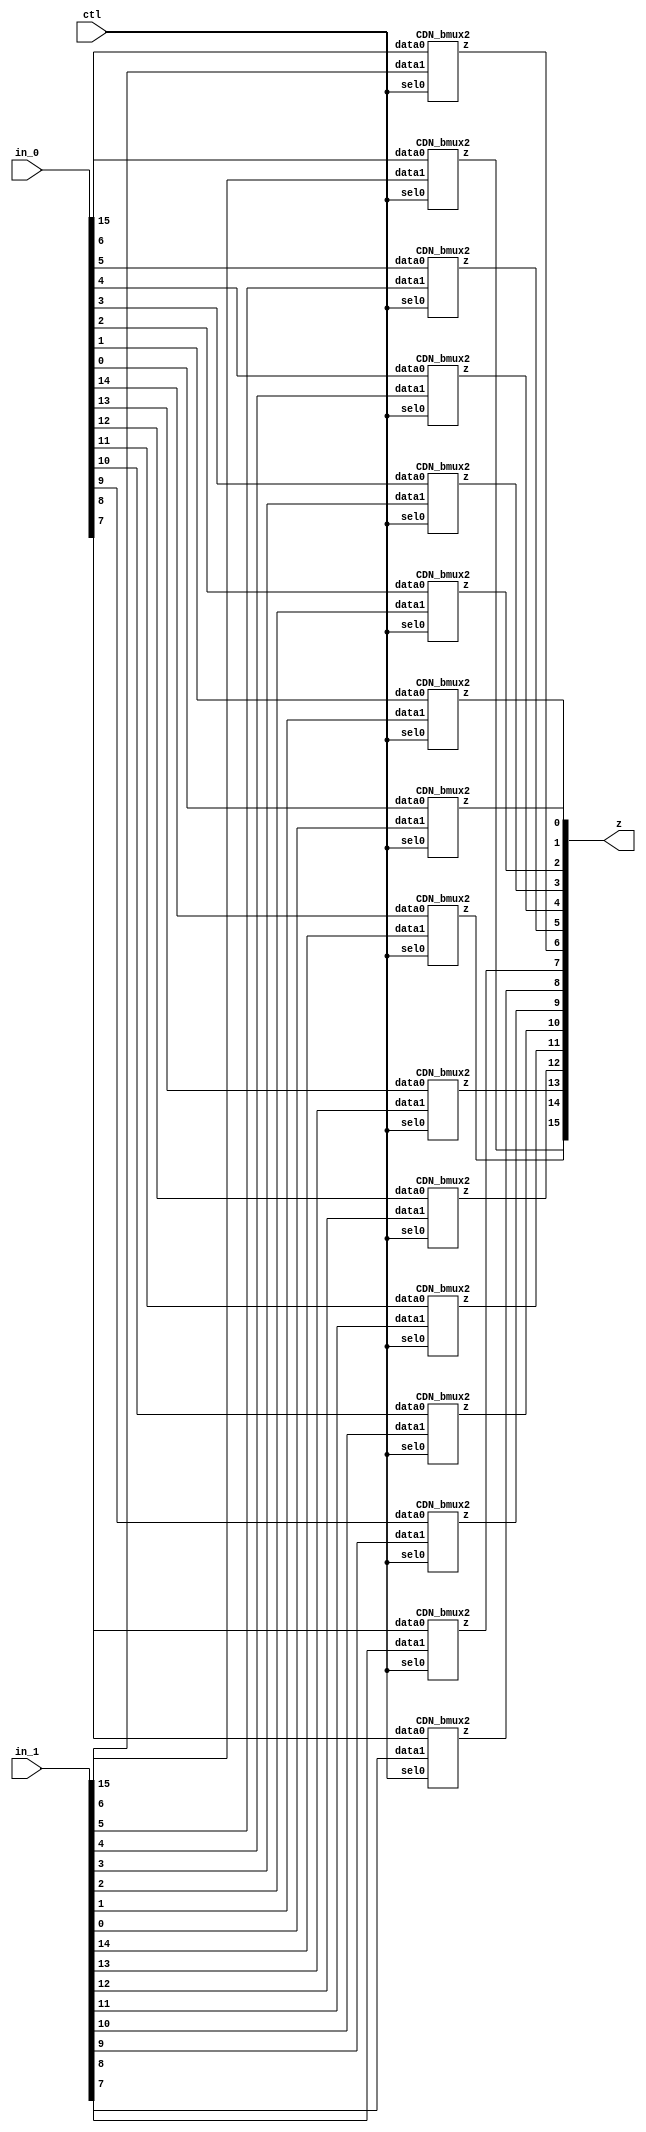

// Generated by Cadence Encounter(R) RTL Compiler RC14.27 - v14.20-s064_1

// Verification Directory fv/dom_and 

module bmux(ctl, in_0, in_1, z);
  input ctl;
  input [15:0] in_0, in_1;
  output [15:0] z;
  CDN_bmux2 g1(.sel0 (ctl), .data0 (in_0[15]), .data1 (in_1[15]), .z
       (z[15]));
  CDN_bmux2 g2(.sel0 (ctl), .data0 (in_0[14]), .data1 (in_1[14]), .z
       (z[14]));
  CDN_bmux2 g3(.sel0 (ctl), .data0 (in_0[13]), .data1 (in_1[13]), .z
       (z[13]));
  CDN_bmux2 g4(.sel0 (ctl), .data0 (in_0[12]), .data1 (in_1[12]), .z
       (z[12]));
  CDN_bmux2 g5(.sel0 (ctl), .data0 (in_0[11]), .data1 (in_1[11]), .z
       (z[11]));
  CDN_bmux2 g6(.sel0 (ctl), .data0 (in_0[10]), .data1 (in_1[10]), .z
       (z[10]));
  CDN_bmux2 g7(.sel0 (ctl), .data0 (in_0[9]), .data1 (in_1[9]), .z
       (z[9]));
  CDN_bmux2 g8(.sel0 (ctl), .data0 (in_0[8]), .data1 (in_1[8]), .z
       (z[8]));
  CDN_bmux2 g9(.sel0 (ctl), .data0 (in_0[7]), .data1 (in_1[7]), .z
       (z[7]));
  CDN_bmux2 g10(.sel0 (ctl), .data0 (in_0[6]), .data1 (in_1[6]), .z
       (z[6]));
  CDN_bmux2 g11(.sel0 (ctl), .data0 (in_0[5]), .data1 (in_1[5]), .z
       (z[5]));
  CDN_bmux2 g12(.sel0 (ctl), .data0 (in_0[4]), .data1 (in_1[4]), .z
       (z[4]));
  CDN_bmux2 g13(.sel0 (ctl), .data0 (in_0[3]), .data1 (in_1[3]), .z
       (z[3]));
  CDN_bmux2 g14(.sel0 (ctl), .data0 (in_0[2]), .data1 (in_1[2]), .z
       (z[2]));
  CDN_bmux2 g15(.sel0 (ctl), .data0 (in_0[1]), .data1 (in_1[1]), .z
       (z[1]));
  CDN_bmux2 g16(.sel0 (ctl), .data0 (in_0[0]), .data1 (in_1[0]), .z
       (z[0]));
endmodule

module dom_and(ClkxCI, RstxBI, XxDI, YxDI, ZxDI, QxDO);
  input ClkxCI, RstxBI;
  input [3:0] XxDI, YxDI;
  input [5:0] ZxDI;
  output [3:0] QxDO;
  wire [15:0] FFxDP;
  bmux mux_FFxDP_77_15(.ctl (n_22), .in_0 (16'b0000000000000000), .in_1
       (16'b0000000000000000), .z ());
  and g1 (\Xi_mul_Yj[15] , XxDI[3], YxDI[3]);
  and g2 (Xi_mul_Yj_149, XxDI[3], YxDI[2]);
  and g3 (Xi_mul_Yj_147, XxDI[3], YxDI[1]);
  and g4 (Xi_mul_Yj_146, XxDI[3], YxDI[0]);
  and g5 (Xi_mul_Yj_143, XxDI[2], YxDI[3]);
  and g6 (\Xi_mul_Yj[10] , XxDI[2], YxDI[2]);
  and g7 (Xi_mul_Yj_140, XxDI[2], YxDI[1]);
  and g8 (Xi_mul_Yj_139, XxDI[2], YxDI[0]);
  and g9 (Xi_mul_Yj_136, XxDI[1], YxDI[3]);
  and g10 (Xi_mul_Yj_133, XxDI[1], YxDI[2]);
  and g11 (\Xi_mul_Yj[5] , XxDI[1], YxDI[1]);
  and g12 (Xi_mul_Yj_131, XxDI[1], YxDI[0]);
  and g13 (Xi_mul_Yj_128, XxDI[0], YxDI[3]);
  and g14 (Xi_mul_Yj_125, XxDI[0], YxDI[2]);
  and g15 (Xi_mul_Yj, XxDI[0], YxDI[1]);
  and g16 (\Xi_mul_Yj[0] , XxDI[0], YxDI[0]);
  xor g19 (n_25, Xi_mul_Yj, ZxDI[0]);
  xor g21 (n_27, Xi_mul_Yj_125, ZxDI[1]);
  xor g23 (n_29, Xi_mul_Yj_128, ZxDI[3]);
  xor g25 (n_31, Xi_mul_Yj_131, ZxDI[0]);
  xor g28 (n_34, Xi_mul_Yj_133, ZxDI[2]);
  xor g30 (n_36, Xi_mul_Yj_136, ZxDI[4]);
  xor g32 (n_38, Xi_mul_Yj_139, ZxDI[1]);
  xor g34 (n_40, Xi_mul_Yj_140, ZxDI[2]);
  xor g37 (n_43, Xi_mul_Yj_143, ZxDI[5]);
  xor g39 (n_45, Xi_mul_Yj_146, ZxDI[3]);
  xor g41 (n_47, Xi_mul_Yj_147, ZxDI[4]);
  xor g43 (n_49, Xi_mul_Yj_149, ZxDI[5]);
  CDN_flop \FFxDP_reg[0] (.clk (ClkxCI), .d (\Xi_mul_Yj[0] ), .sena
       (1'b1), .aclr (n_22), .apre (1'b0), .srl (1'b0), .srd (1'b0), .q
       (FFxDP[0]));
  CDN_flop \FFxDP_reg[1] (.clk (ClkxCI), .d (n_25), .sena (1'b1), .aclr
       (n_22), .apre (1'b0), .srl (1'b0), .srd (1'b0), .q (FFxDP[1]));
  CDN_flop \FFxDP_reg[2] (.clk (ClkxCI), .d (n_27), .sena (1'b1), .aclr
       (n_22), .apre (1'b0), .srl (1'b0), .srd (1'b0), .q (FFxDP[2]));
  CDN_flop \FFxDP_reg[3] (.clk (ClkxCI), .d (n_29), .sena (1'b1), .aclr
       (n_22), .apre (1'b0), .srl (1'b0), .srd (1'b0), .q (FFxDP[3]));
  CDN_flop \FFxDP_reg[4] (.clk (ClkxCI), .d (n_31), .sena (1'b1), .aclr
       (n_22), .apre (1'b0), .srl (1'b0), .srd (1'b0), .q (FFxDP[4]));
  CDN_flop \FFxDP_reg[5] (.clk (ClkxCI), .d (\Xi_mul_Yj[5] ), .sena
       (1'b1), .aclr (n_22), .apre (1'b0), .srl (1'b0), .srd (1'b0), .q
       (FFxDP[5]));
  CDN_flop \FFxDP_reg[6] (.clk (ClkxCI), .d (n_34), .sena (1'b1), .aclr
       (n_22), .apre (1'b0), .srl (1'b0), .srd (1'b0), .q (FFxDP[6]));
  CDN_flop \FFxDP_reg[7] (.clk (ClkxCI), .d (n_36), .sena (1'b1), .aclr
       (n_22), .apre (1'b0), .srl (1'b0), .srd (1'b0), .q (FFxDP[7]));
  CDN_flop \FFxDP_reg[8] (.clk (ClkxCI), .d (n_38), .sena (1'b1), .aclr
       (n_22), .apre (1'b0), .srl (1'b0), .srd (1'b0), .q (FFxDP[8]));
  CDN_flop \FFxDP_reg[9] (.clk (ClkxCI), .d (n_40), .sena (1'b1), .aclr
       (n_22), .apre (1'b0), .srl (1'b0), .srd (1'b0), .q (FFxDP[9]));
  CDN_flop \FFxDP_reg[10] (.clk (ClkxCI), .d (\Xi_mul_Yj[10] ), .sena
       (1'b1), .aclr (n_22), .apre (1'b0), .srl (1'b0), .srd (1'b0), .q
       (FFxDP[10]));
  CDN_flop \FFxDP_reg[11] (.clk (ClkxCI), .d (n_43), .sena (1'b1),
       .aclr (n_22), .apre (1'b0), .srl (1'b0), .srd (1'b0), .q
       (FFxDP[11]));
  CDN_flop \FFxDP_reg[12] (.clk (ClkxCI), .d (n_45), .sena (1'b1),
       .aclr (n_22), .apre (1'b0), .srl (1'b0), .srd (1'b0), .q
       (FFxDP[12]));
  CDN_flop \FFxDP_reg[13] (.clk (ClkxCI), .d (n_47), .sena (1'b1),
       .aclr (n_22), .apre (1'b0), .srl (1'b0), .srd (1'b0), .q
       (FFxDP[13]));
  CDN_flop \FFxDP_reg[14] (.clk (ClkxCI), .d (n_49), .sena (1'b1),
       .aclr (n_22), .apre (1'b0), .srl (1'b0), .srd (1'b0), .q
       (FFxDP[14]));
  CDN_flop \FFxDP_reg[15] (.clk (ClkxCI), .d (\Xi_mul_Yj[15] ), .sena
       (1'b1), .aclr (n_22), .apre (1'b0), .srl (1'b0), .srd (1'b0), .q
       (FFxDP[15]));
  not g48 (n_22, RstxBI);
  xor g49 (n_188, FFxDP[12], FFxDP[13]);
  xor g50 (n_189, FFxDP[14], FFxDP[15]);
  xor g51 (QxDO[3], n_188, n_189);
  xor g52 (n_190, FFxDP[8], FFxDP[9]);
  xor g53 (n_191, FFxDP[10], FFxDP[11]);
  xor g54 (QxDO[2], n_190, n_191);
  xor g55 (n_192, FFxDP[4], FFxDP[5]);
  xor g56 (n_193, FFxDP[6], FFxDP[7]);
  xor g57 (QxDO[1], n_192, n_193);
  xor g58 (n_194, FFxDP[0], FFxDP[1]);
  xor g59 (n_195, FFxDP[2], FFxDP[3]);
  xor g60 (QxDO[0], n_194, n_195);
endmodule

`ifdef RC_CDN_GENERIC_GATE
`else
module CDN_flop(clk, d, sena, aclr, apre, srl, srd, q);
  input clk, d, sena, aclr, apre, srl, srd;
  output q;
  reg  qi;
  assign #1 q = qi;
  always 
    @(posedge clk or posedge apre or posedge aclr) 
      if (aclr) 
        qi <= 0;
      else if (apre) 
          qi <= 1;
        else if (srl) 
            qi <= srd;
          else begin
            if (sena) 
              qi <= d;
          end
  initial 
    qi <= 1'b0;
endmodule
`endif
`ifdef RC_CDN_GENERIC_GATE
`else
`ifdef ONE_HOT_MUX
module CDN_bmux2(sel0, data0, data1, z);
  input sel0, data0, data1;
  output z;
  reg  z;
  always 
    @(sel0 or data0 or data1) 
      case ({sel0})
       1'b0: z = data0;
       1'b1: z = data1;
      endcase
endmodule
`else
module CDN_bmux2(sel0, data0, data1, z);
  input sel0, data0, data1;
  output z;
  not i_0 (inv_sel0, sel0);
  and a_0 (w_0, inv_sel0, data0);
  and a_1 (w_1, sel0, data1);
  or org (z, w_0, w_1);
endmodule
`endif // ONE_HOT_MUX
`endif